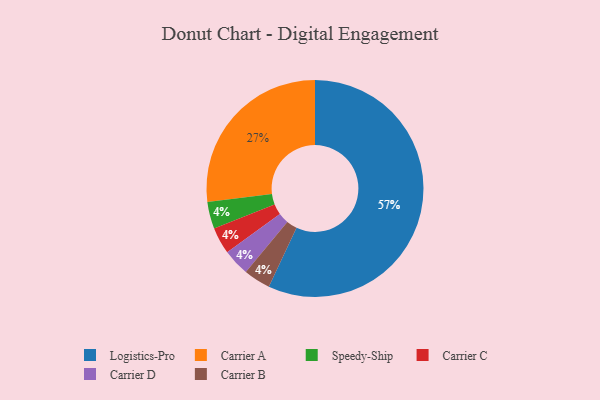
{"axis": {"x": "Category", "y": "Percentage"}, "legend": ["Carrier A", "Carrier B", "Carrier C", "Carrier D", "Logistics-Pro", "Speedy-Ship"], "data": [{"x": "Speedy-Ship", "y": 4, "type": "Speedy-Ship"}, {"x": "Logistics-Pro", "y": 57, "type": "Logistics-Pro"}, {"x": "Carrier C", "y": 4, "type": "Carrier C"}, {"x": "Carrier D", "y": 4, "type": "Carrier D"}, {"x": "Carrier A", "y": 27, "type": "Carrier A"}, {"x": "Carrier B", "y": 4, "type": "Carrier B"}]}